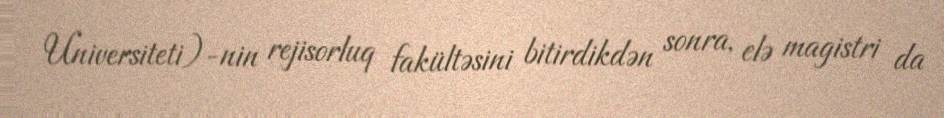
Universiteti)-nin rejisorluq fakültəsini bitirdikdən sonra, elə magistri da